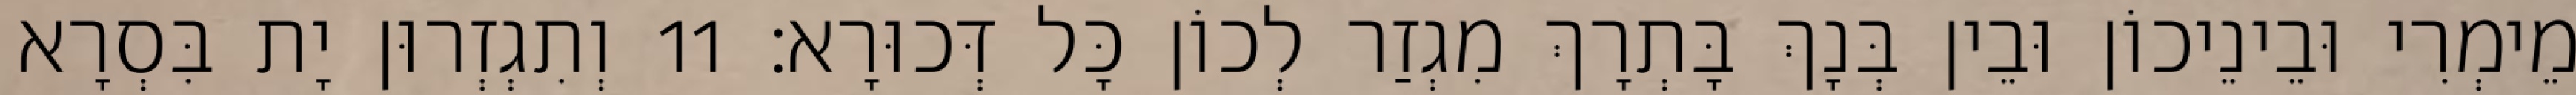
מֵימְרִי וּבֵינֵיכוֹן וּבֵין בְּנָךְ בָּתְרָךְ מִגְזַר לְכוֹן כָּל דְּכוּרָא׃ 11 וְתִגְזְרוּן יָת בִּסְרָא